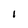
Character: l